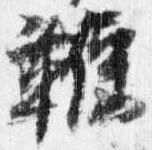
鞭